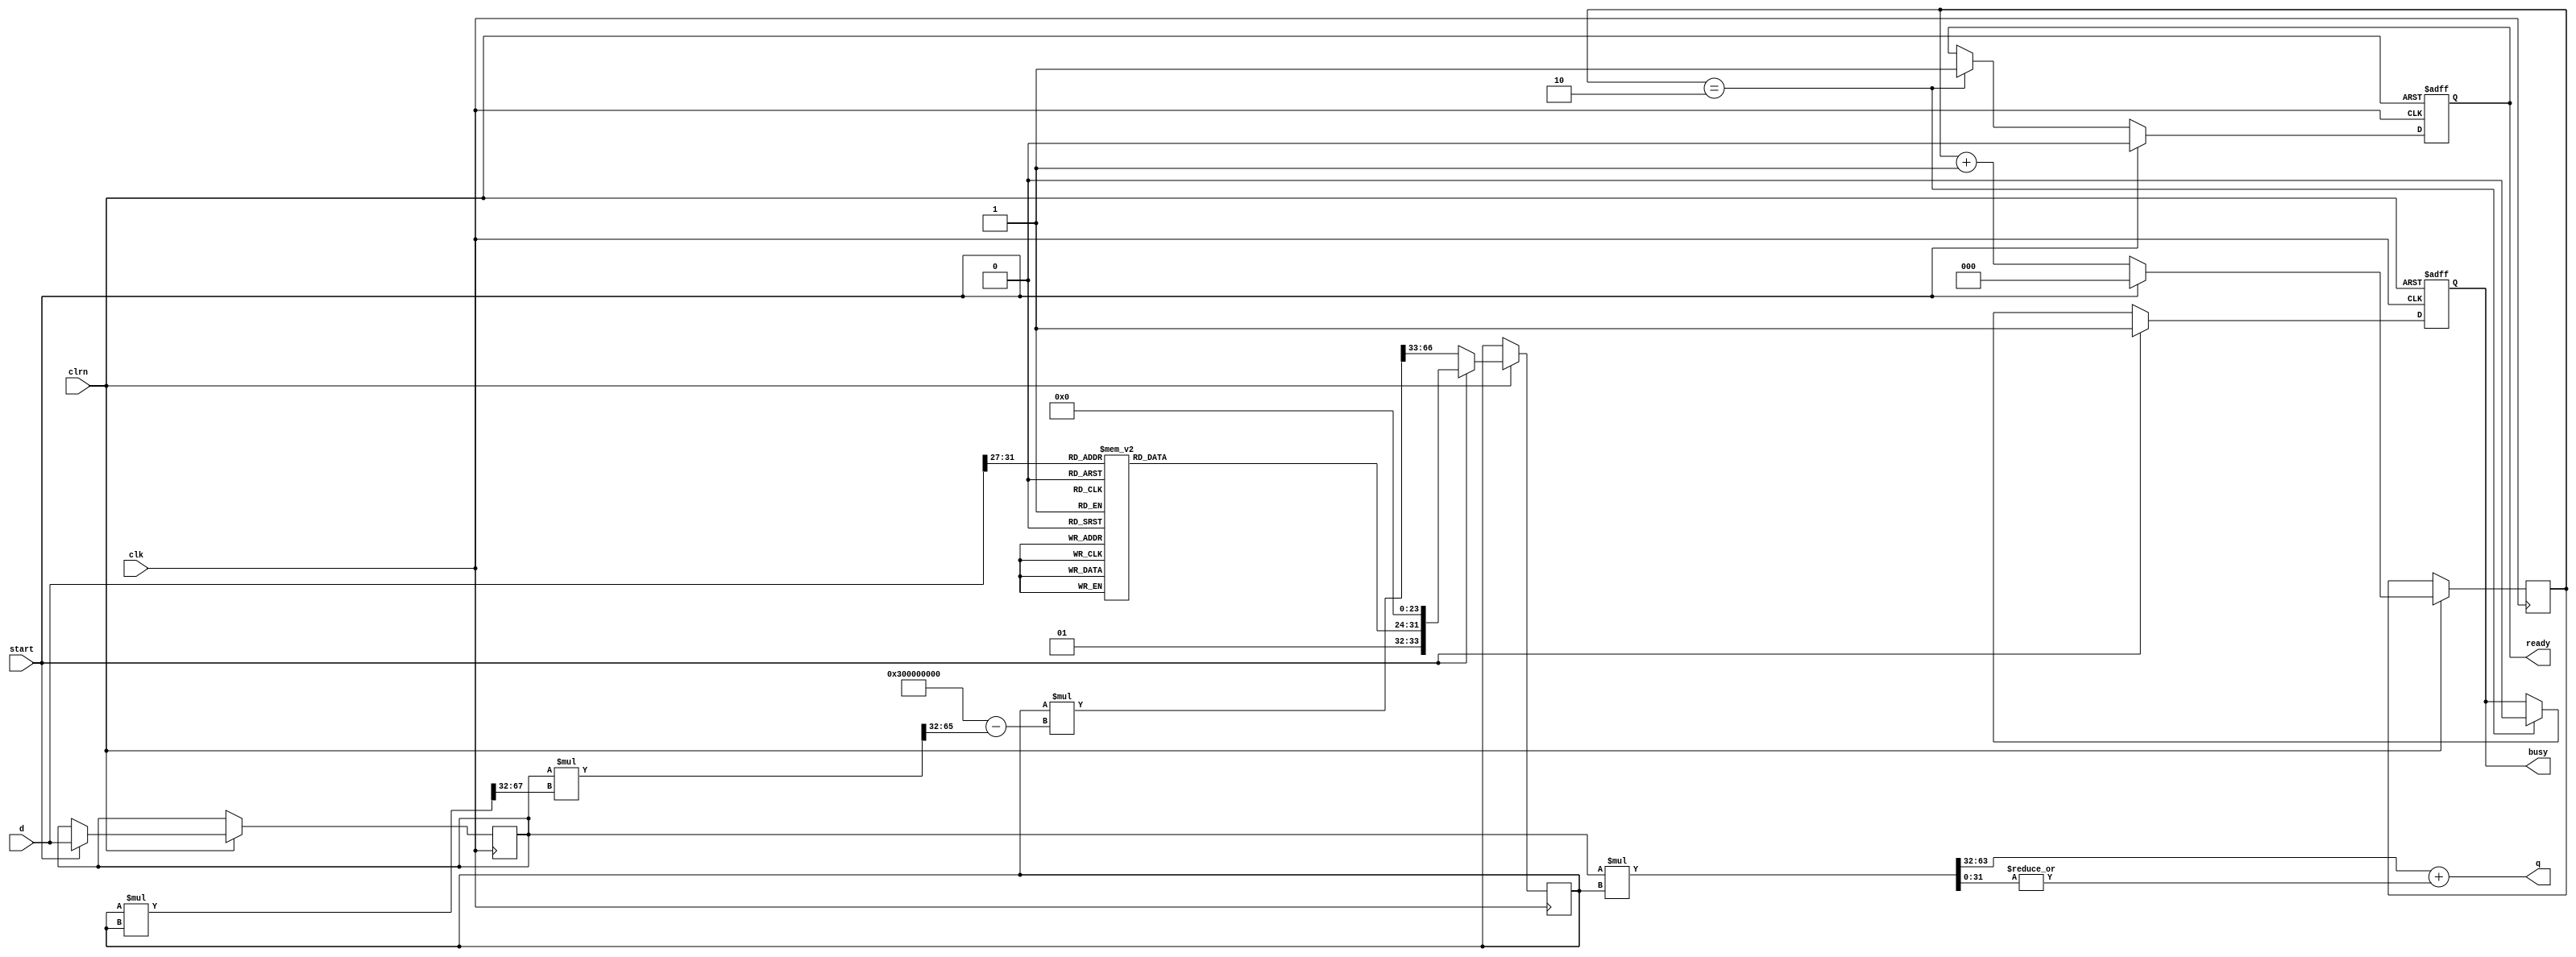
//////////////////////////////////////////////////////////////////////////////////
// Module Name: Newton-Raphson Square Root Algorithm Module
// Description: Calculates sqrt(d) = q^2 if 0.25 <= d < 1
// Revision:
// 08.06.2020 -> Revision 0.01 - Created (Validated)
//////////////////////////////////////////////////////////////////////////////////

`timescale 1ns / 1ps

module SquareRoot_NewtonRaphson(
    input clk, clrn,
    input start,
    input [31:0] d,
    output [31:0] q,
    output reg busy, ready);
    
    reg[2:0] count;
    reg[31:0] reg_d;
    reg[33:0] reg_x;
    
    // x_{i+1} = x_i * (3 - x_i * x_i * d) / 2
    wire [67:0] x_2 = reg_x * reg_x;                // xxxx.xxxxx...x
    wire [67:0] x2d = reg_d * x_2[67:32];           // xxxx.xxxxx...x
    wire [33:0] b34 = 34'h300000000 - x2d[65:32];   // xx.xxxxx...x
    wire [67:0] x68 = reg_x * b34;                  // xxxx.xxxxx...x
    wire [65:0] d_x = reg_d * reg_x;                // xx.xxxxx...x
    wire [7:0]  x0  = rom(d[31:27]);
    
    always @ (posedge clk or negedge clrn) begin
        if (!clrn) begin
            busy    <= 0;
            ready   <= 0;
        end else begin
            if (start) begin
                reg_d   <= d;               // load d
                reg_x   <= {2'b1,x0,24'b0}; // 01.xxxx0...0
                busy    <= 1;
                ready   <= 0;
                count   <= 0;
            end else begin
                reg_x   <= x68[66:33];      // /2
                count   <= count + 2'b1;    // count++
                
                if (count == 2'h2) begin    // 3 iterations
                    busy    <= 0;
                    ready   <= 1;           // q is ready
                end
            end
        end
    end
    
    assign q = d_x[63:32] + |d_x[31:0]; // rounding up
    
    function [7:0] rom; // about 1/d ? {1/2}
        input [4:0] d;
        case (d)
            5'h08: rom = 8'hff;     5'h09: rom = 8'he1;
            5'h0a: rom = 8'hc7;     5'h0b: rom = 8'hb1;
            5'h0c: rom = 8'h9e;     5'h0d: rom = 8'h9e;
            5'h0e: rom = 8'h7f;     5'h0f: rom = 8'h72;
            5'h10: rom = 8'h66;     5'h11: rom = 8'h5b;
            5'h12: rom = 8'h51;     5'h13: rom = 8'h48;
            5'h14: rom = 8'h3f;     5'h15: rom = 8'h37;
            5'h16: rom = 8'h30;     5'h17: rom = 8'h29;
            5'h18: rom = 8'h23;     5'h19: rom = 8'h1d;
            5'h1a: rom = 8'h17;     5'h1b: rom = 8'h12;
            5'h1c: rom = 8'h0d;     5'h1d: rom = 8'h08;
            5'h1e: rom = 8'h04;     5'h1f: rom = 8'h00;
            default: rom = 8'hff; // 0 - 7: not used
        endcase
    endfunction
endmodule